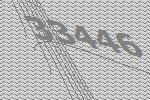
33446